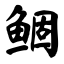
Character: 鲴